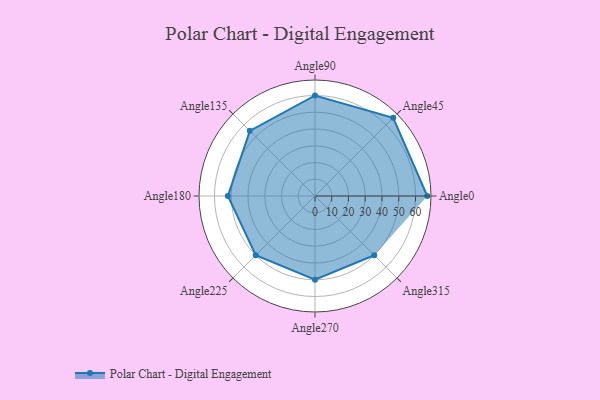
{"axis": {"x": "Angle", "y": "Radius"}, "legend": [""], "data": [{"x": "Angle0", "y": 67.0, "type": ""}, {"x": "Angle45", "y": 66.0, "type": ""}, {"x": "Angle90", "y": 60.0, "type": ""}, {"x": "Angle135", "y": 55.0, "type": ""}, {"x": "Angle180", "y": 52.0, "type": ""}, {"x": "Angle225", "y": 50, "type": ""}, {"x": "Angle270", "y": 50, "type": ""}, {"x": "Angle315", "y": 50, "type": ""}]}